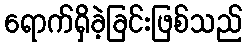
ရောက်ရှိခဲ့ခြင်းဖြစ်သည်